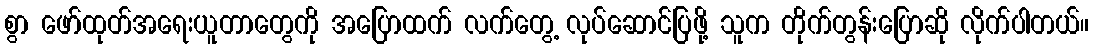
စွာ ဖော်ထုတ်အရေးယူတာတွေကို အပြောထက် လက်တွေ့ လုပ်ဆောင်ပြဖို့ သူက တိုက်တွန်းပြောဆို လိုက်ပါတယ်။